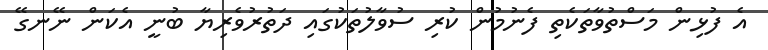
އެ ފުޅިން މަސްތުވާތަކެތި ފެނުމުން ކުރި ސުވާލުތަކުގައި ދަތުރުވެރިޔާ ބުނީ އެކަން ނޭނގޭ